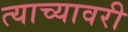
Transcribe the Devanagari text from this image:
त्याच्यावरी